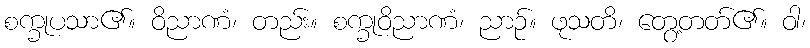
စက္ခုပသာ၏။ ဝိညာဏံ၊ တည်း။ စက္ခုဝိညာဏံ၊ ညာဉ်။ ဖုသတိ၊ တွေ့တတ်၏။ ဝါ၊